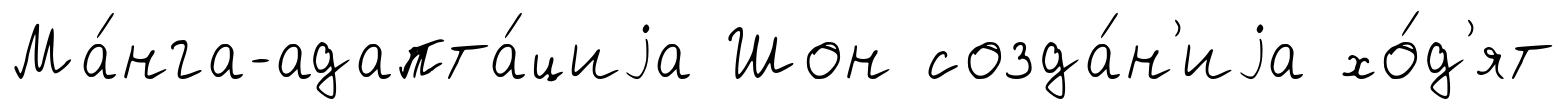
Ма́нга-адапта́циjа Шон созда́н'иjа хо́д'ят